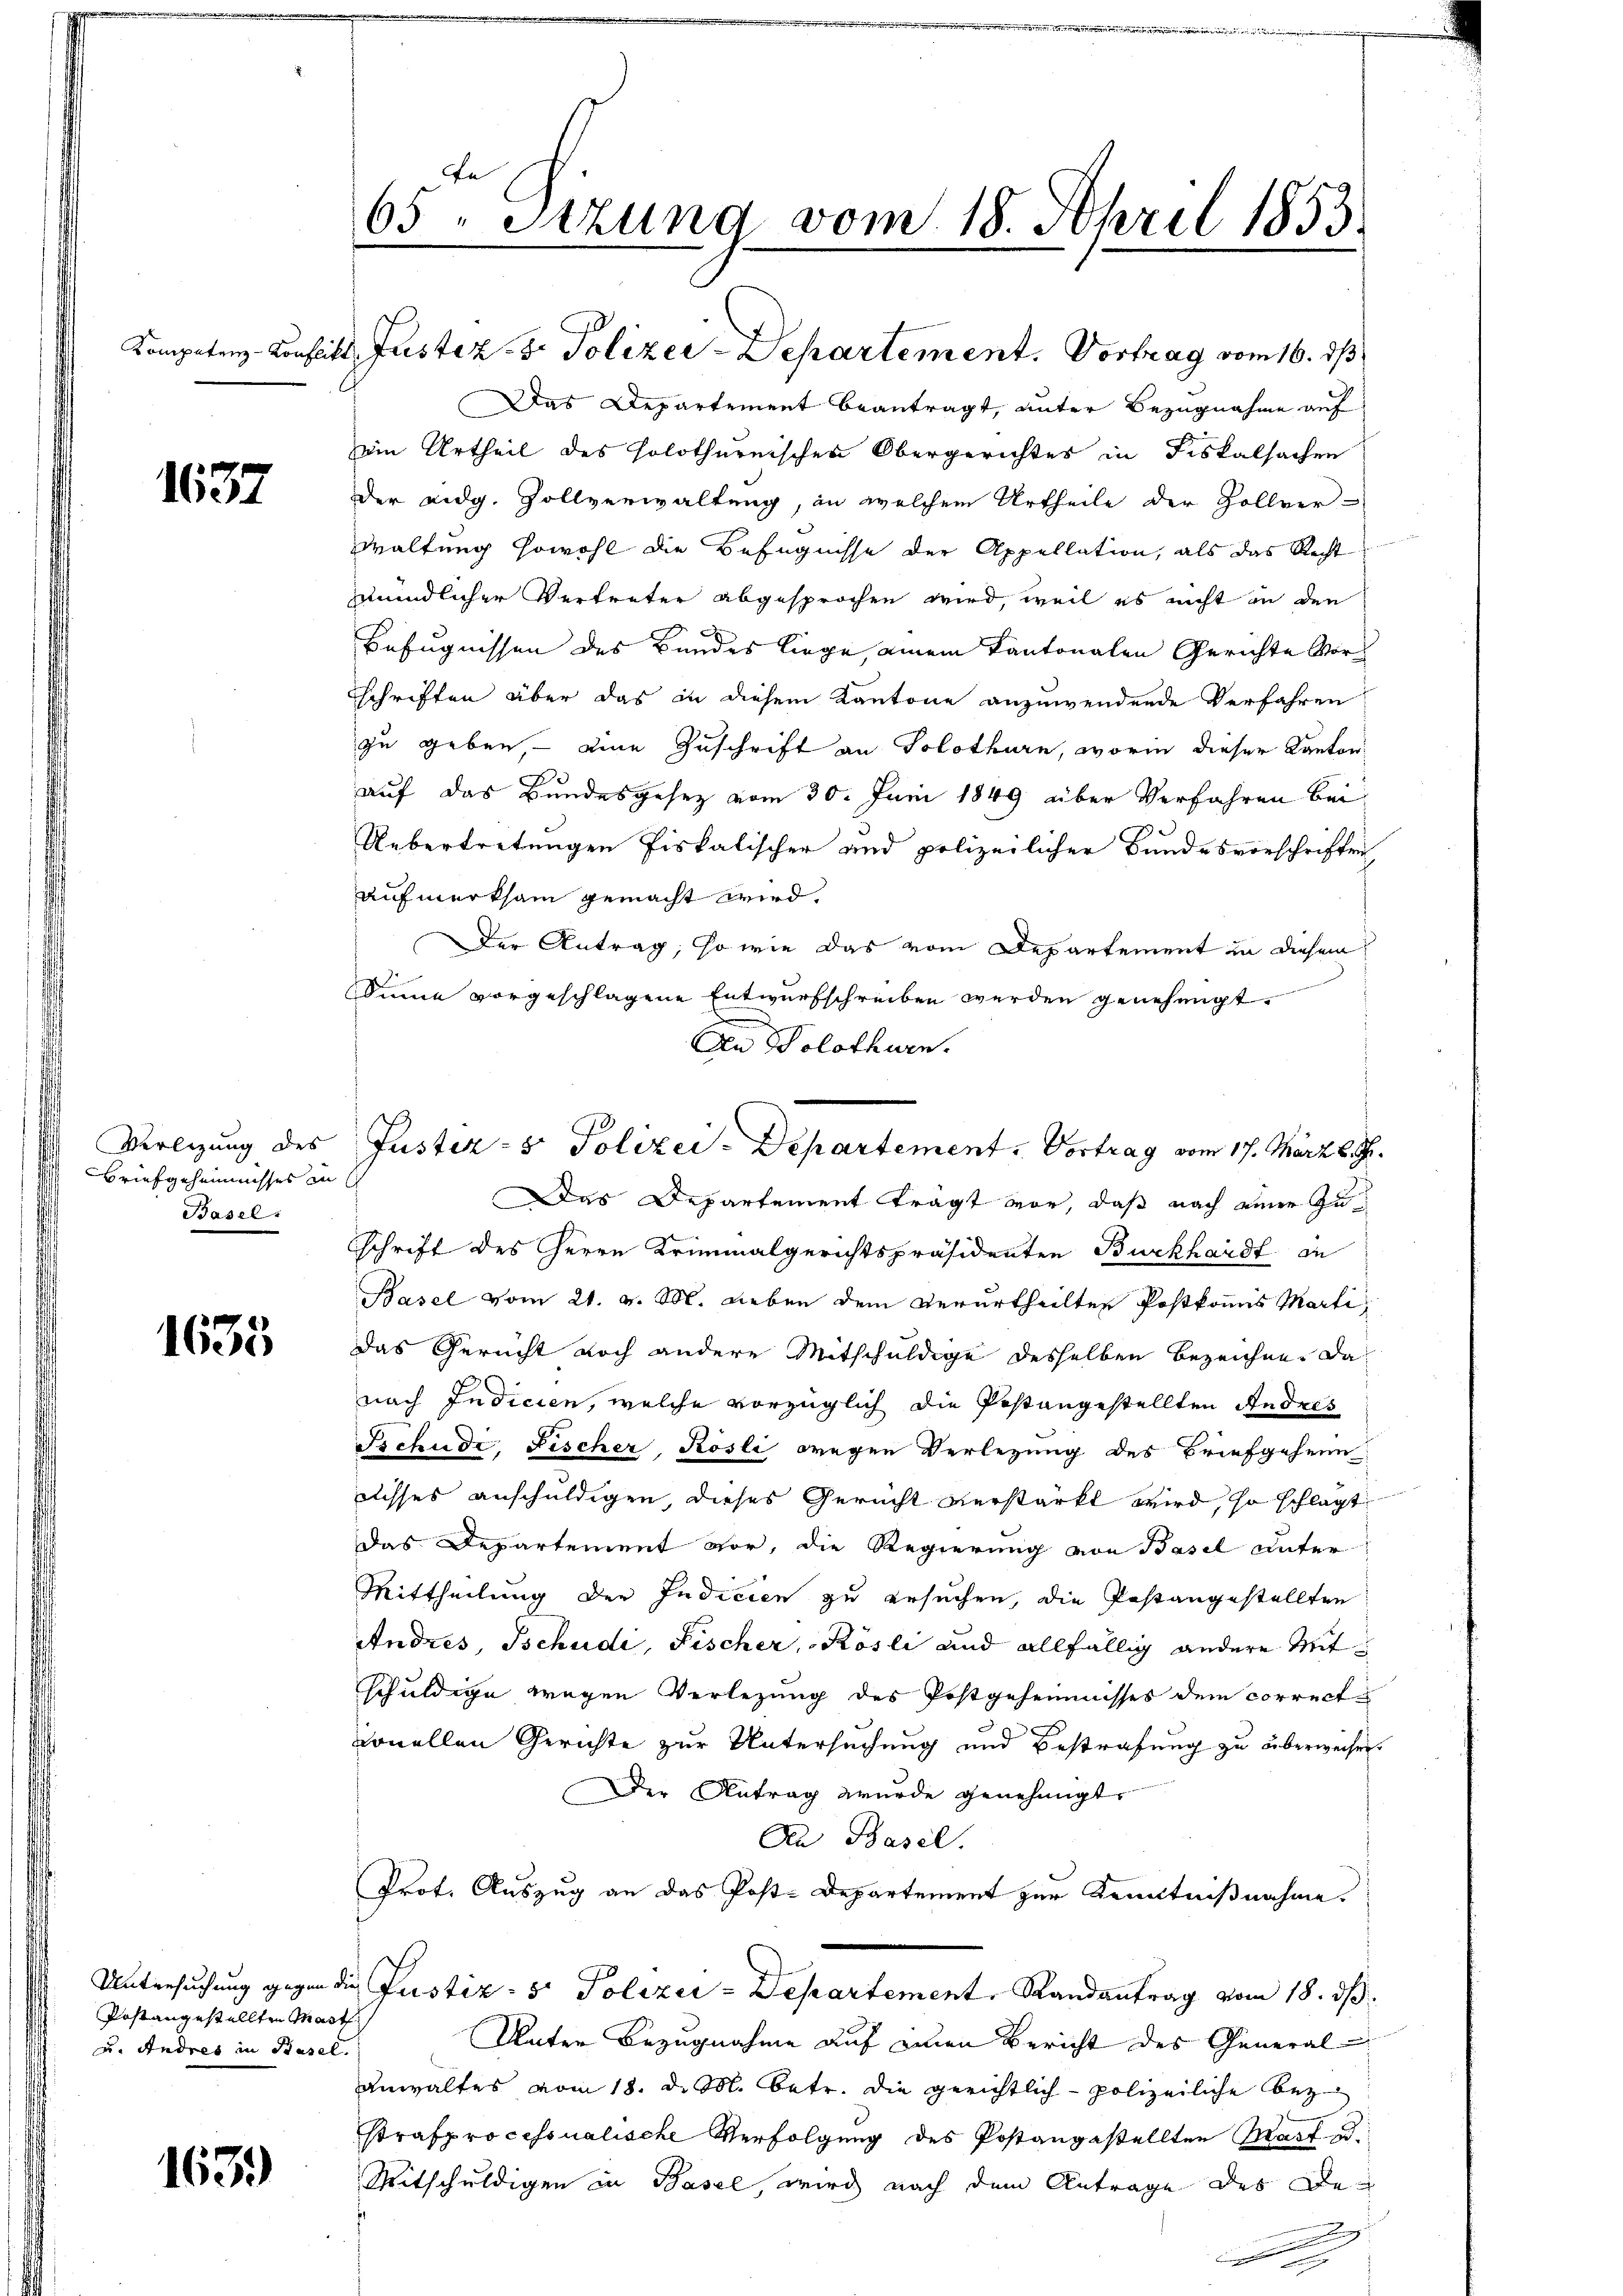
1637

Verlegung des
Briefgeheimnisses in
Basel.

1635

Postangestellten Marth
u. Andres in Basel.

163)

65. Sitzung vom 18. April 1853

Kompetenz-Konseits Justiz- & Polizei-Departement. Vortrag vom 16. ds
Das Departement beantragt, unter Bezugnahme auf
ein Urtheil des solothurnischen Obergerichtes in Fiskalsachen
der eidg. Zollverwaltung, in welchem Urtheile der Zollver-
waltung sowohl die Befugnisse der Appellation, als das Recht
meindlicher Vertreter abgesprochen wird, weil es nicht in den
x
Befugnissen des Bundes liege, einem Kantonalen Gerichte Vorschriften über das in diesem Kantone anzuwendende Verfahren
zu geben, eine Zuschrift an Solothurn, worin dieser Kanton
auf das Bundesgesez vom 30. Juni 1849 über Verfahren bei
Uebertretungen Piskalischer und polizeilicher Bundesvorschriften
aufmerksam gemacht wird.
Der Antrag, so wie das vom Departement in diesem
Sinne vorgeschlagene Entwurfschreiben werden genehmigt.
An Solothurn.
Das Departement trägt vor, daß nach einer Zuschrift des Herrn Kriminalgerichtspräsidenten Burckhardt in
Basel vom 21. v. M. Leben dem verurtheilten Postkommis Martidas Gericht noch andere Mitschuldige desselben bezeichne. Da
nach Indicien, welche vorzüglich die Postangestellten Andres
Tschude, Fischer, Rösli wegen Verlegung des Briefgehren
disses anschuldigen, dieses Gericht verstärkt wird, so schlagt
das Departement vor, die Regierung von Basel unter
Mittheilung der Indicien zu ersuchen, die Postangestellten
Andres, Tschudi, Fischer, Kösli und allfällig andere Mitschuldige wegen Verlegung des Postgeheimnisses dem correctvonellen Gerichte zur Untersuchung und Bestrafung zu überweisen.
Der Antrag wurde genehmigt.
Den Basel.
Prot. Auszug an das Post-Departement zur Kenntnißnahme.
Untersuchung gegen die Justiz- & Polizei - Departement. Randantrag vom 18. dβ.
Unter Bezugnahme auf einen Bericht des General
Anwaltes vom 18. d. M. betr. die gerichtlich polizeiliche Bez
strafprocessualische Verfolgung des Postangestellten Mart e
Witschuldigen in Basel, wird nach dem Antrage des De¬

Justiz- & Polizei-Departement. Vortrag vom 17. März l. J.

.